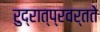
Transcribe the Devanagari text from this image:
रुद्रात्प्रवर्तते